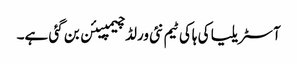
آسٹریلیا کی ہاکی ٹیم نئی ورلڈ چیمپیئن بن گئی ہے۔